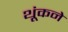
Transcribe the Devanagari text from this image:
थूंकने